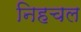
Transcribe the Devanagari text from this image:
निहचल